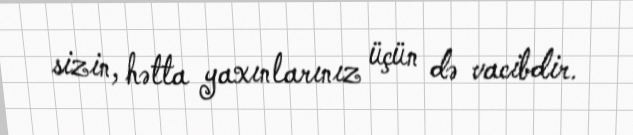
sizin, hətta yaxınlarınız üçün də vacibdir.